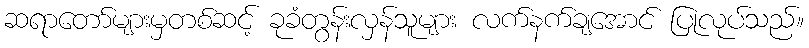
ဆရာတော်များမှတစ်ဆင့် ခုခံတွန်းလှန်သူများ လက်နက်ချအောင် ပြုလုပ်သည်။